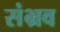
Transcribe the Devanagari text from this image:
संभ्रव